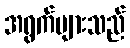
အရွက်များသည်